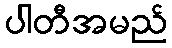
ပါတီအမည်